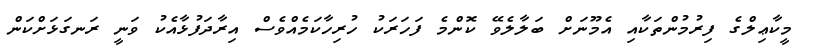
މީކާޢިލްގެ ފިރުމުންތަކާއި އެމޫނަށް ބަލާލެވޭ ކޮންމެ ފަހަރަކު ހުރިހާކަމެއްވެސް އިރާދަފުޅާއެކު ވަނީ ރަނގަޅަށްކަން